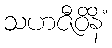
သဟဇီဝိနိံ